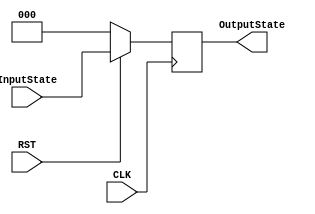
`timescale 1ns / 1ps
//////////////////////////////////////////////////////////////////////////////////
// Company: 
// Engineer: 
// 
// Design Name: 
// Module Name: DFlipFlop
// Project Name: 
// Target Devices: 
// Tool Versions: 
// Description: 
// 
// Dependencies: 
// 
// Revision:
// Revision 0.01 - File Created
// Additional Comments:
// 
//////////////////////////////////////////////////////////////////////////////////


module DFlipFlop(
RST, CLK, InputState, OutputState
);
    input RST, CLK;
    input [2:0] InputState;
    output reg[2:0] OutputState;
    initial begin
        OutputState = 3'b000;
    end
    
    always @(negedge CLK)begin
        if(RST == 0) OutputState = 3'b000;   // 0
        else OutputState = InputState;  // 
    end
    
endmodule